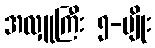
အလှူကြီး ၅-မျိုး